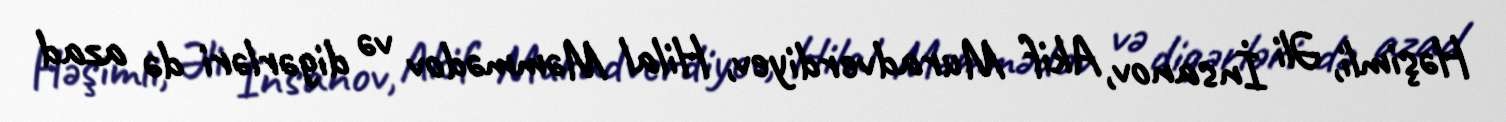
Həşimli, Əli İnsanov, Akif Muradverdiyev, Hilal Məmmədov və digərləri də azad